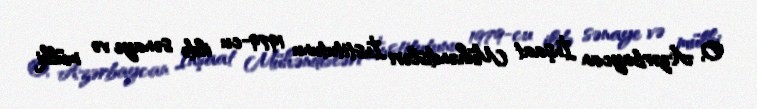
O, Azərbaycan İnşaat Mühəndisləri İnstitutunu 1979-cu ildə sənaye və mülki